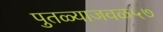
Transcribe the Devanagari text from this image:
पुतळ्याजवळ५७